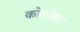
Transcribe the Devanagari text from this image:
कोलोइड